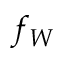
f _ { W }